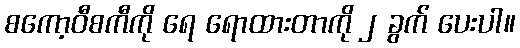
စကော့ဝီစကီကို ရေ ရောထားတာကို ၂ ခွက် ပေးပါ။